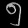
Digit: ၅